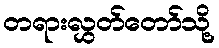
တရားလွှတ်တော်သို့